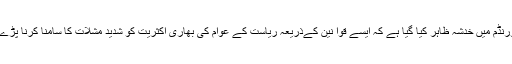
میمورنڈم میں خدشہ ظاہر کیا گیا ہے کہ ایسے قوا نین کےذریعہ ریاست کے عوام کی بھاری اکثریت کو شدید مشلات کا سامنا کرنا پڑے گا ۔